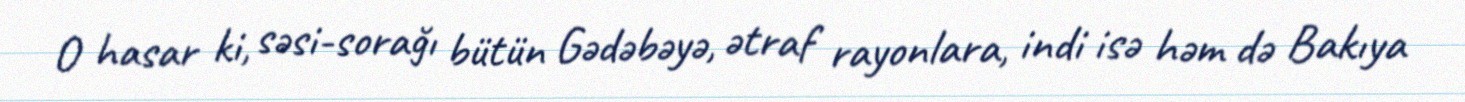
O hasar ki, səsi-sorağı bütün Gədəbəyə, ətraf rayonlara, indi isə həm də Bakıya